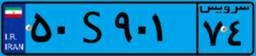
۹۰S۶۸۷۹۷